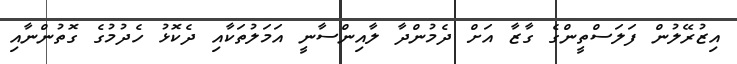
އިޒުރޭލުން ފަލަސްތީންގެ ގާޒާ އަށް ދެމުންދާ ލާއިންސާނީ އަމަލުތަކާއި ދެކޮޅު ހެދުމުގެ ގޮތުންނާއި